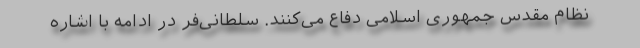
نظام مقدس جمهوری اسلامی دفاع می‌کنند. سلطانی‌فر در ادامه با اشاره